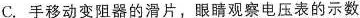
C.手移动变阻器的滑片，眼睛观察电压表的示数